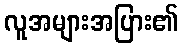
လူအများအပြား၏